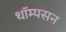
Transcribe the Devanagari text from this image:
थॉम्‍पसन